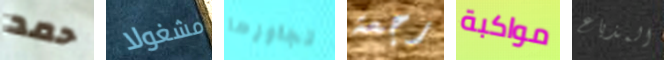
حمد مشغولا تجاوزها رجعة مواكبة المذياع